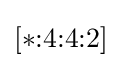
[*{:}4{:}4{:}2]